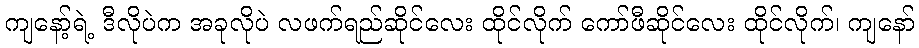
ကျနော့်ရဲ့ ဒီလိုပဲက အခုလိုပဲ လဖက်ရည်ဆိုင်လေး ထိုင်လိုက် ကော်ဖီဆိုင်လေး ထိုင်လိုက်၊ ကျနော်